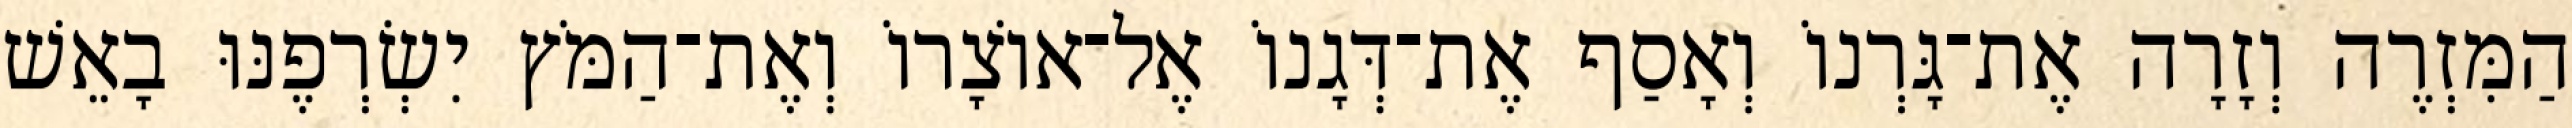
הַמִּזְרֶה וְזָרָה אֶת־גָּרְנוֹ וְאָסַף אֶת־דְּגָנוֹ אֶל־אוֹצָרוֹ וְאֶת־הַמֹּץ יִשְׂרְפֶנּוּ בָאֵשׁ